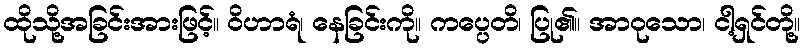
ထိုသို့အခြင်းအားဖြင့်။ ဝိဟာရံ၊ နေခြင်းကို။ ကပ္ပေတိ၊ ပြု၏။ အာဝုသော၊ ငါ့ရှင်တို့။